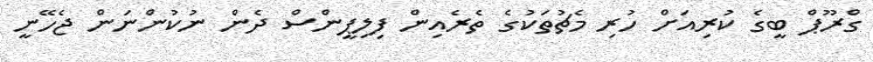
ގްރޫޕް ބީގެ ކުރިއަށް ހުރި މެޗުތަކުގެ ތެރެއިން ފިލިޕީންސް ދެން ނުކުންނަން ޖެހޭނީ